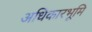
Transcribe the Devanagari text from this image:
अधिकारभूमि